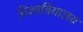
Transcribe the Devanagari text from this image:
विश्ववियालय